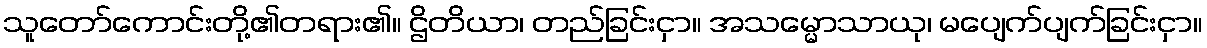
သူတော်ကောင်းတို့၏တရား၏။ ဌိတိယာ၊ တည်ခြင်းငှာ။ အသမ္မောသာယု၊ မပျေက်ပျက်ခြင်းငှာ။